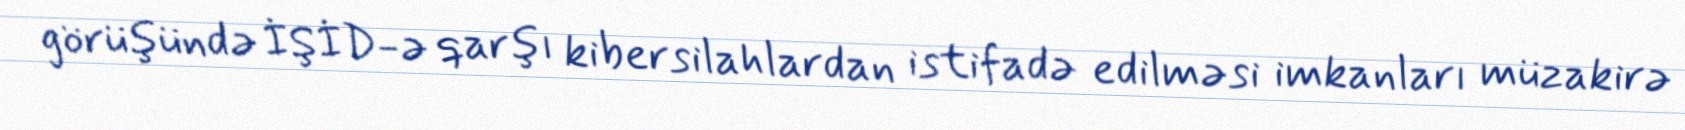
görüşündə İŞİD-ə qarşı kibersilahlardan istifadə edilməsi imkanları müzakirə